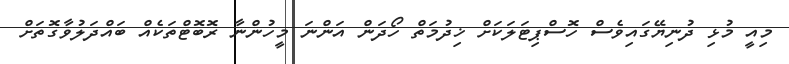
މިއީ މުޅި ދުނިޔޭގައިވެސް ހޮސްޕިޓަލަކަށް ޚިދުމަތް ހޯދަން އަންނަ މީހުންނާ ރޮބޮޓްތަކެއް ބައްދަލުވާގޮތަށް